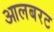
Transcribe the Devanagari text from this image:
आलबरट